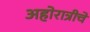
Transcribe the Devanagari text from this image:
अहोरात्रीचे